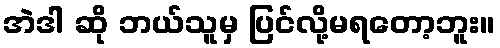
အဲဒါ ဆို ဘယ်သူမှ ပြင်လို့မရတော့ဘူး။